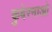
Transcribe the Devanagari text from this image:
कुबेरनाओ